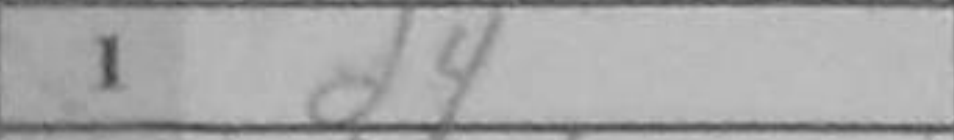
Transcription: d4